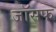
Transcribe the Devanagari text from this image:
जाॅसफ